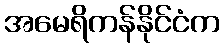
အမေရိကန်နိုင်ငံက